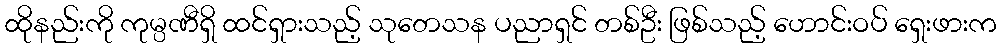
ထိုနည်းကို ကုမ္ပဏီရှိ ထင်ရှားသည့် သုတေသန ပညာရှင် တစ်ဦး ဖြစ်သည့် ဟောင်းဝပ် ရှေးဖားက